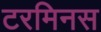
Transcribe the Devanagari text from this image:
टरमिनस